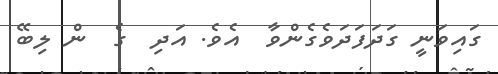
ގައިވަނީ ގަދަފަދަވެގެންވާ  އެވެ. އަދި  ގެ  ން ލިބޭ